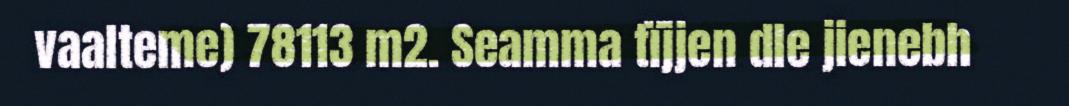
vaalteme) 78113 m2. Seamma tïjjen dle jienebh